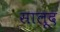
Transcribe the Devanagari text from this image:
सालूद